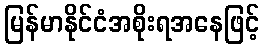
မြန်မာနိုင်ငံအစိုးရအနေဖြင့်